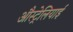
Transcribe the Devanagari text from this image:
औस्ट्रेलियाई